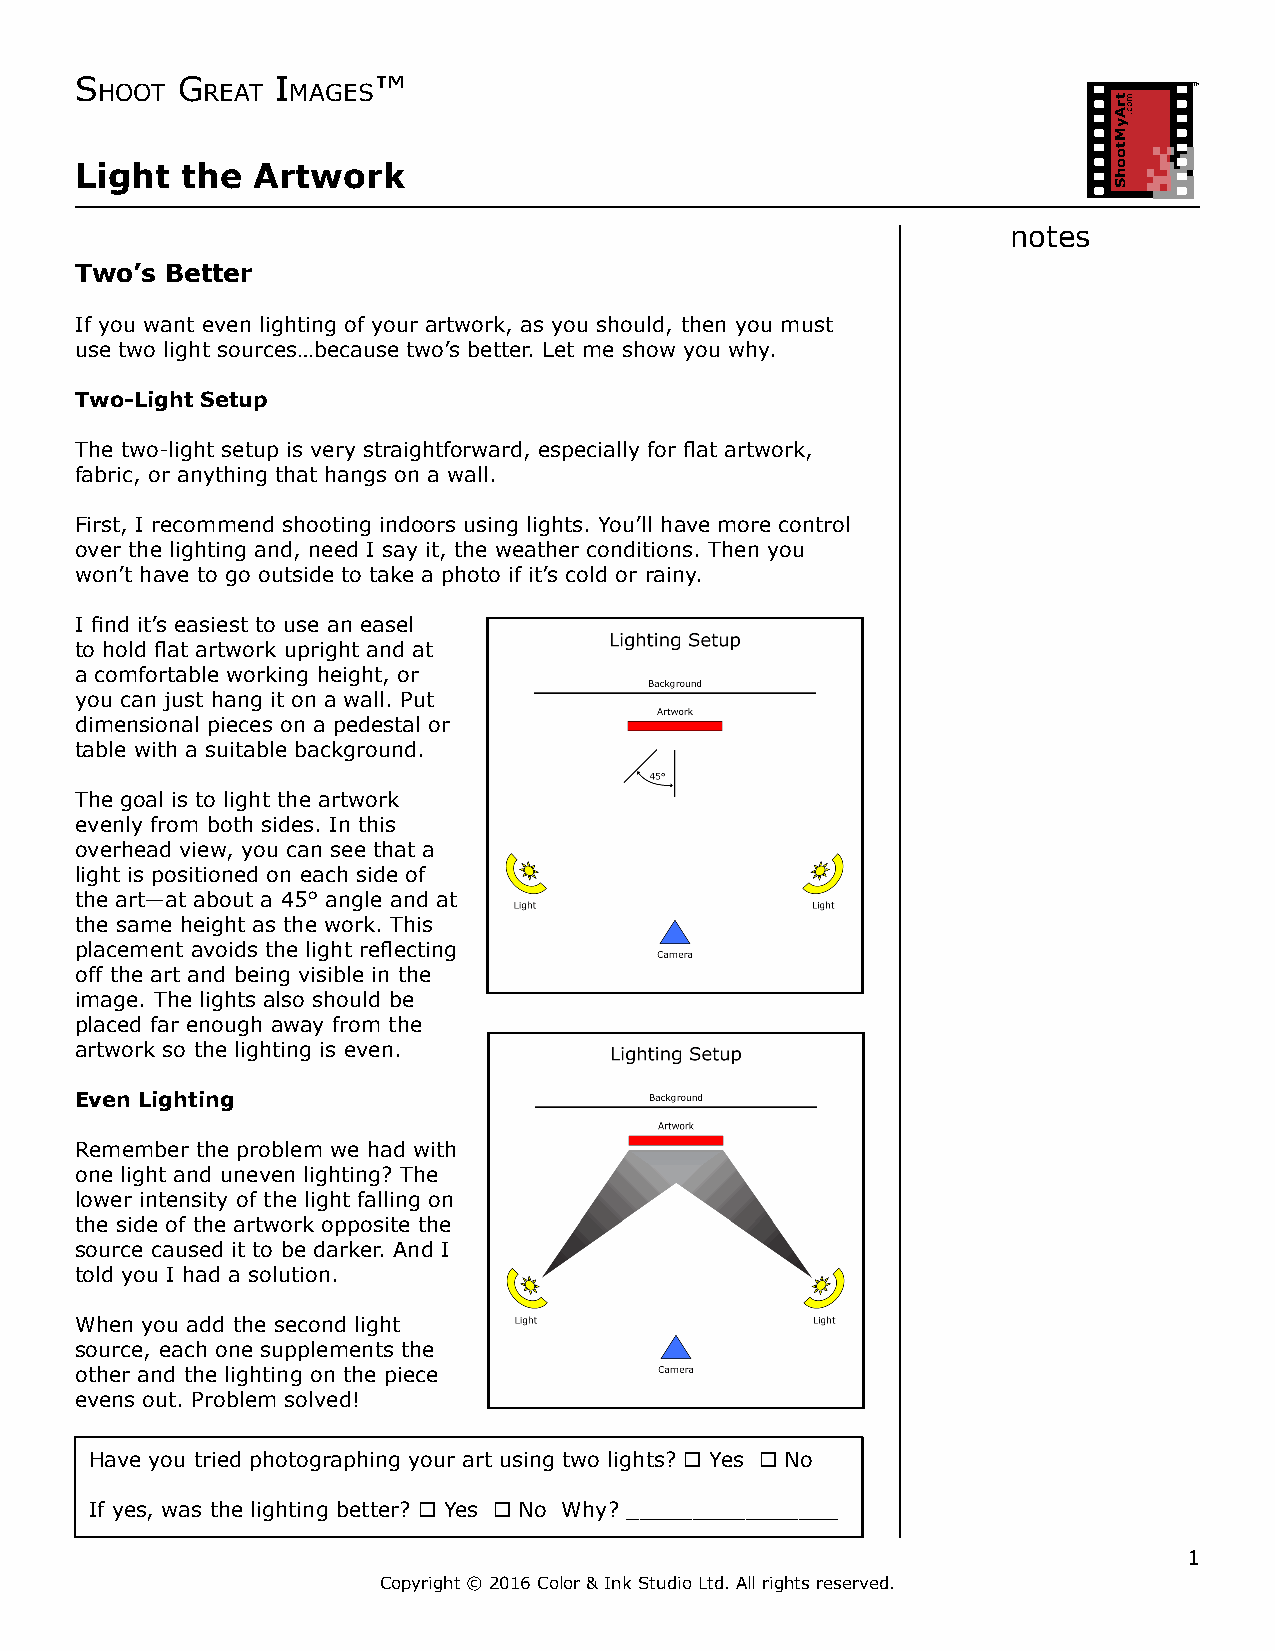
S hoot G reat I maGeS™                                                    TM
 Light  the  Artwork
 notes
 Two’s Better
 If you want even lighting of your artwork, as you should, then you must
 use two light sources…because two’s better. Let me show you why.
 Two-Light Setup
 The two-light setup is very straightforward, especially for flat artwork,
 fabric, or anything that hangs on a wall.
 First, I recommend shooting indoors using lights. You’ll have more control
 over the lighting and, need I say it, the weather conditions. Then you
 won’t have to go outside to take a photo if it’s cold or rainy.
 I find it’s easiest to use an easel
 to hold flat artwork upright and at
 a comfortable working height, or
 you can just hang it on a wall. Put
 dimensional pieces on a pedestal or
 table with a suitable background.
 The goal is to light the artwork
 evenly from both sides. In this
 overhead view, you can see that a
 light is positioned on each side of
 the art—at about a 45° angle and at
 the same height as the work. This
 placement avoids the light reflecting
 off the art and being visible in the
 image. The lights also should be
 placed far enough away from the
 artwork so the lighting is even.
 Even Lighting
 Remember the problem we had with
 one light and uneven lighting? The
 lower intensity of the light falling on
 the side of the artwork opposite the
 source caused it to be darker. And I
 told you I had a solution.
 When you add the second light
 source, each one supplements the
 other and the lighting on the piece
 evens out. Problem solved!
 Have you tried photographing your art using two lights? ¨ Yes ¨ No
 If yes, was the lighting better? ¨ Yes ¨ No Why? ________________
 1
 Copyright © 2016 Color & Ink Studio Ltd. All rights reserved.
 trAyMtoohS moc.